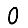
Digit: 0